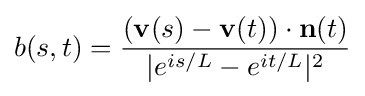
\displaystyle {b(s,t)={(\mathbf {v} (s)-\mathbf {v} (t))\cdot \mathbf {n} (t) \over |e^{is/L}-e^{it/L}|^{2}}}